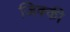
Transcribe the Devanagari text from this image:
जिक्की